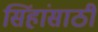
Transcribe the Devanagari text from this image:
सिंहांसाठी